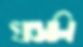
খণ্ডালি